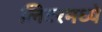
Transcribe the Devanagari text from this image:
लिटरमध्ये